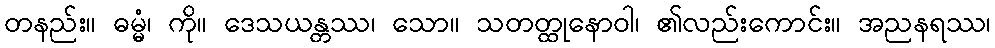
တနည်း။ ဓမ္မံ၊ ကို။ ဒေသယန္တဿ၊ သော။ သတတ္ထုနောဝါ၊ ၏လည်းကောင်း။ အညနရဿ၊